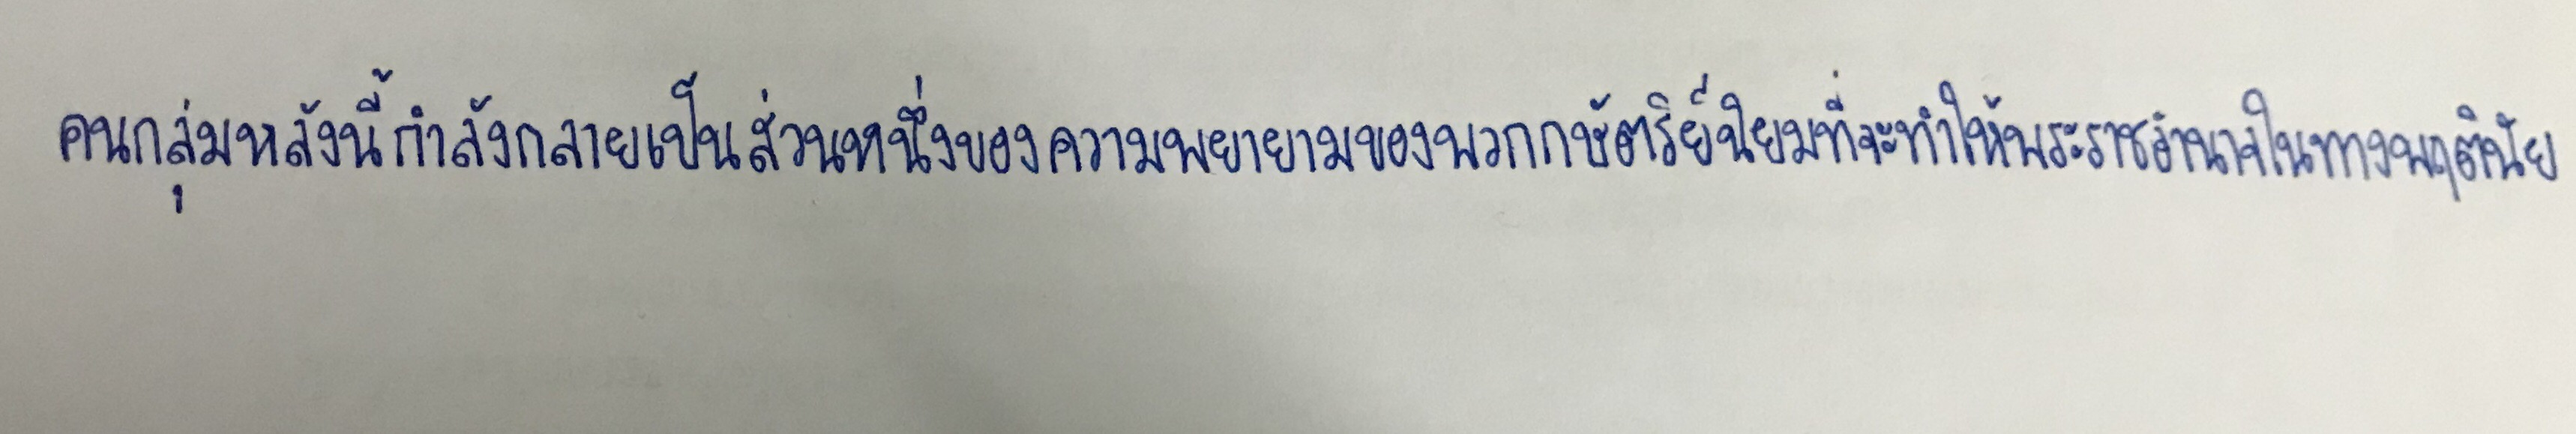
คนกลุ่มหลังนี้กำลังกลายเป็นส่วนหนึ่งของความพยายามของพวกกษัตริย์นิยมที่จะทำให้พระราชอำนาจในทางพฤตินัย